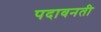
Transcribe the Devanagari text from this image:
पदावनती